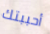
أحببتك